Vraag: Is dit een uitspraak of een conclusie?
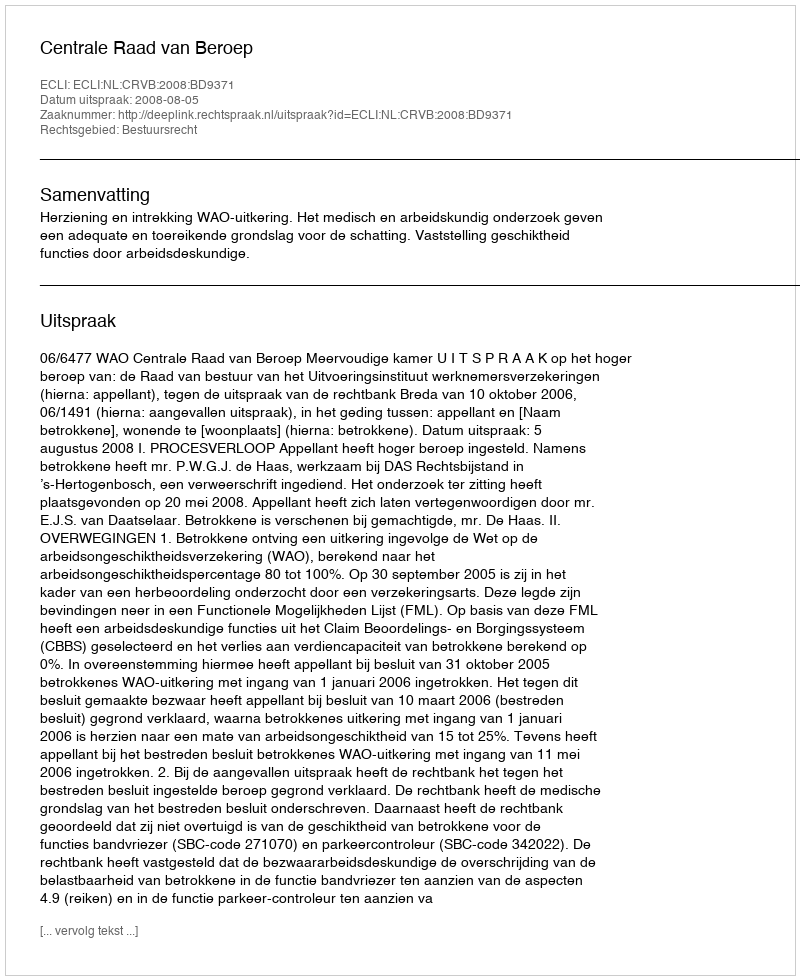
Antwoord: Uitspraak